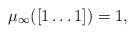
LaTeX: \begin{align*}\mu_{\infty}([1\ldots1])=1, \end{align*}